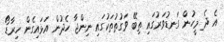
އެ ދެ މީހުން ގަނޑުވަރުގައި ތިބޭ ވަގުތުތަކުގައި ނިންޖާ ހެދުން އަޅައިގެން ހިރާޑޯ